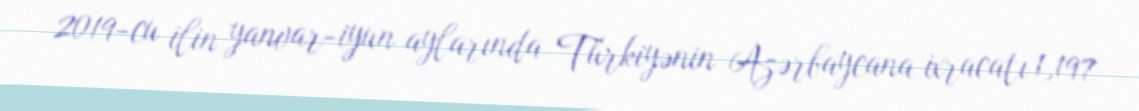
2019-cu ilin yanvar-iyun aylarında Türkiyənin Azərbaycana ixracatı 1,197